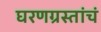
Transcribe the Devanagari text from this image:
घरणग्रस्तांचं